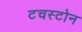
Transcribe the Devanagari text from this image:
टचस्‍टोन